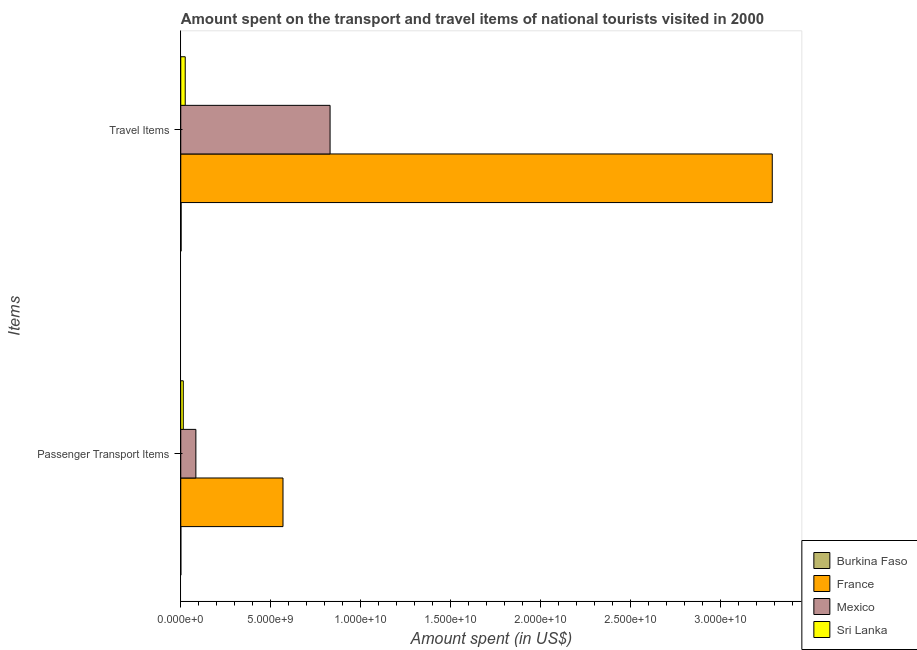
| Items | Burkina Faso | France | Mexico | Sri Lanka |
 | --- | --- | --- | --- | --- |
 | Passenger Transport Items | 4e+06 | 5.68e+09 | 8.39e+08 | 1.4e+08 |
 | Travel Items | 1.9e+07 | 3.29e+10 | 8.29e+09 | 2.48e+08 |